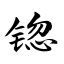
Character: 锪